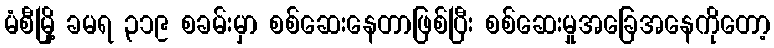
မံစီမြို့ ခမရ ၃၁၉ စခမ်းမှာ စစ်ဆေးနေတာဖြစ်ပြီး စစ်ဆေးမှုအခြေအနေကိုတော့